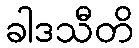
ခါဒသီတိ